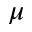
\mu